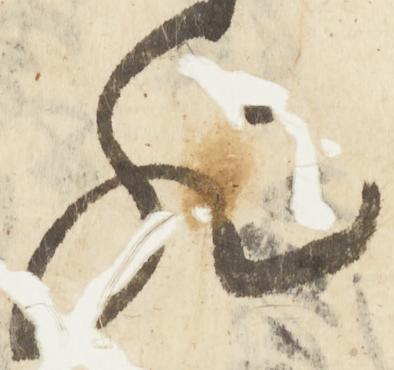
歟